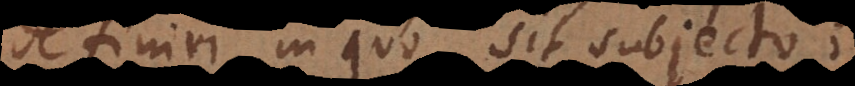
definiri in quo sit subjecto;